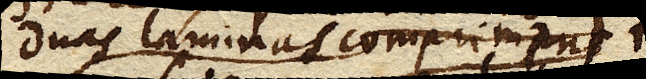
duas laminas comprimens